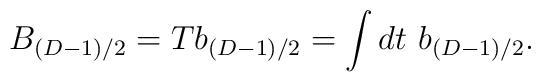
B_{(D-1)/2}=Tb_{(D-1)/2}=\int dt ~b_{(D-1)/2}.